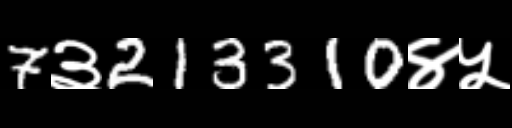
Text: 7३213310४५